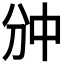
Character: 𫡇